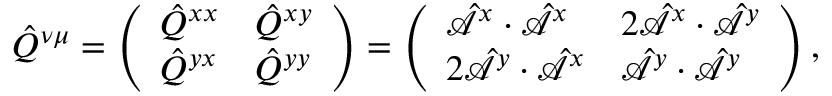
\hat { Q } ^ { \nu \mu } = \left( \begin{array} { l l } { \hat { Q } ^ { x x } } & { \hat { Q } ^ { x y } } \\ { \hat { Q } ^ { y x } } & { \hat { Q } ^ { y y } } \end{array} \right) = \left( \begin{array} { l l } { \hat { \mathcal { A } } ^ { x } \cdot \hat { \mathcal { A } } ^ { x } } & { 2 \hat { \mathcal { A } } ^ { x } \cdot \hat { \mathcal { A } } ^ { y } } \\ { 2 \hat { \mathcal { A } } ^ { y } \cdot \hat { \mathcal { A } } ^ { x } } & { \hat { \mathcal { A } } ^ { y } \cdot \hat { \mathcal { A } } ^ { y } } \end{array} \right) \mathrm { , }